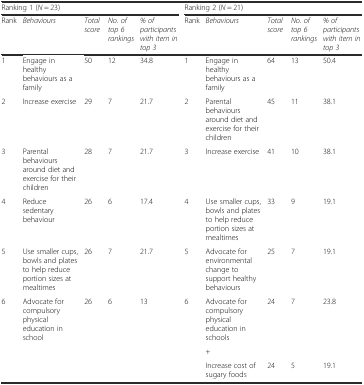
<table><thead><tr><td colspan="5"><b>Ranking 1 (<i>N</i> = 23)</b></td><td colspan="5"><b>Ranking 2 (<i>N</i> = 21)</b></td></tr><tr><td><b>Rank</b></td><td><b><i>Behaviours</i></b></td><td><b><i>Total score</i></b></td><td><b><i>No. of top 6 rankings</i></b></td><td><b><i>% of participants with item in top 3</i></b></td><td><b>Rank</b></td><td><b><i>Behaviours</i></b></td><td><b><i>Total score</i></b></td><td><b><i>No. of top 6 rankings</i></b></td><td><b><i>% of participants with item in top 3</i></b></td></tr></thead><tbody><tr><td>1</td><td>Engage in healthy behaviours as a family</td><td>50</td><td>12</td><td>34.8</td><td>1</td><td>Engage in healthy behaviours as a family</td><td>64</td><td>13</td><td>50.4</td></tr><tr><td>2</td><td>Increase exercise</td><td>29</td><td>7</td><td>21.7</td><td>2</td><td>Parental behaviours around diet and exercise for their children</td><td>45</td><td>11</td><td>38.1</td></tr><tr><td>3</td><td>Parental behaviours around diet and exercise for their children</td><td>28</td><td>7</td><td>21.7</td><td>3</td><td>Increase exercise</td><td>41</td><td>10</td><td>38.1</td></tr><tr><td>4</td><td>Reduce sedentary behaviour</td><td>26</td><td>6</td><td>17.4</td><td>4</td><td>Use smaller cups, bowls and plates to help reduce portion sizes at mealtimes</td><td>33</td><td>9</td><td>19.1</td></tr><tr><td>5</td><td>Use smaller cups, bowls and plates to help reduce portion sizes at mealtimes</td><td>26</td><td>7</td><td>21.7</td><td>5</td><td>Advocate for environmental change to support healthy behaviours</td><td>25</td><td>7</td><td>19.1</td></tr><tr><td rowspan="3">6</td><td rowspan="3">Advocate for compulsory physical education in school</td><td rowspan="3">26</td><td rowspan="3">6</td><td rowspan="3">13</td><td rowspan="3">6</td><td>Advocate for compulsory physical education in schools</td><td rowspan="2">24</td><td rowspan="2">7</td><td rowspan="2">23.8</td></tr><tr><td>+</td></tr><tr><td>Increase cost of sugary foods</td><td>24</td><td>5</td><td>19.1</td></tr></tbody></table>